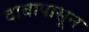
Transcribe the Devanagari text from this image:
दाबापासून